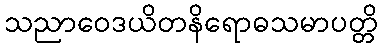
သညာဝေဒယိတနိရောဓသမာပတ္တိ